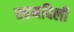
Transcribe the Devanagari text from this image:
रहमदिली